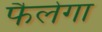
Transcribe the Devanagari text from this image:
फैलेगा